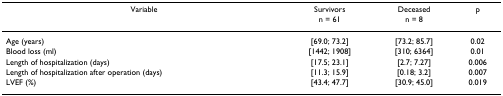
<table><thead><tr><td><b>Variable</b></td><td><b>Survivors</b></td><td><b>Deceased</b></td><td><b>p</b></td></tr><tr><td></td><td><b>n = 61</b></td><td><b>n = 8</b></td><td></td></tr></thead><tbody><tr><td>Age (years)</td><td>[69.0; 73.2]</td><td>[73.2; 85.7]</td><td>0.02</td></tr><tr><td>Blood loss (ml)</td><td>[1442; 1908]</td><td>[310; 6364]</td><td>0.01</td></tr><tr><td>Length of hospitalization (days)</td><td>[17.5; 23.1]</td><td>[2.7; 7.27]</td><td>0.006</td></tr><tr><td>Length of hospitalization after operation (days)</td><td>[11.3; 15.9]</td><td>[0.18; 3.2]</td><td>0.007</td></tr><tr><td>LVEF (%)</td><td>[43.4; 47.7]</td><td>[30.9; 45.0]</td><td>0.019</td></tr></tbody></table>